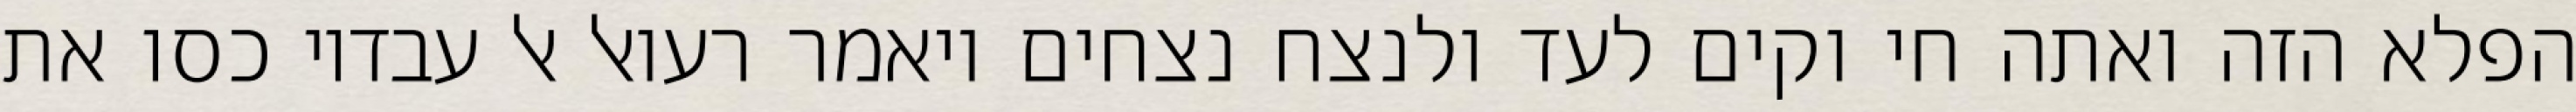
הפלא הזה ואתה חי וקים לעד ולנצח נצחים ויאמר רעואל אל עבדיו כסו את